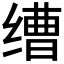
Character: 𬘿